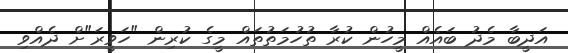
އަދީބާ މެދު ބައެއް މީހުން ކުރާ ތުހުމަތުތައް މީގެ ކުރިން "ހަވީރަ"ށް ދެއްވި